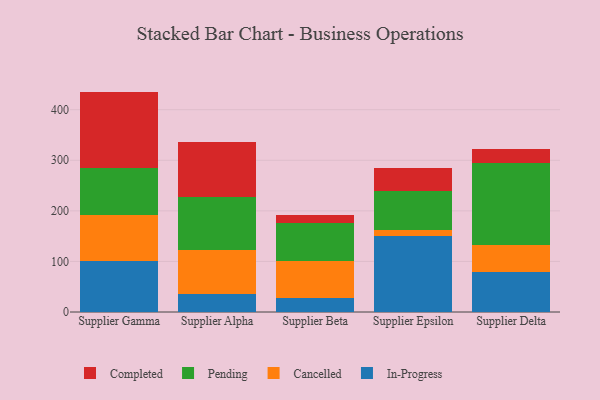
{"axis": {"x": "Supplier", "y": "Budget (USD K)"}, "legend": ["Cancelled", "Completed", "In-Progress", "Pending"], "data": [{"x": "Supplier Gamma", "y": 101.8, "type": "In-Progress"}, {"x": "Supplier Gamma", "y": 90.0, "type": "Cancelled"}, {"x": "Supplier Gamma", "y": 92.6, "type": "Pending"}, {"x": "Supplier Gamma", "y": 151.4, "type": "Completed"}, {"x": "Supplier Alpha", "y": 36.0, "type": "In-Progress"}, {"x": "Supplier Alpha", "y": 86.9, "type": "Cancelled"}, {"x": "Supplier Alpha", "y": 104.0, "type": "Pending"}, {"x": "Supplier Alpha", "y": 109.8, "type": "Completed"}, {"x": "Supplier Beta", "y": 27.4, "type": "In-Progress"}, {"x": "Supplier Beta", "y": 74.3, "type": "Cancelled"}, {"x": "Supplier Beta", "y": 75.0, "type": "Pending"}, {"x": "Supplier Beta", "y": 14.9, "type": "Completed"}, {"x": "Supplier Epsilon", "y": 150.8, "type": "In-Progress"}, {"x": "Supplier Epsilon", "y": 10.7, "type": "Cancelled"}, {"x": "Supplier Epsilon", "y": 78.1, "type": "Pending"}, {"x": "Supplier Epsilon", "y": 45.7, "type": "Completed"}, {"x": "Supplier Delta", "y": 79.8, "type": "In-Progress"}, {"x": "Supplier Delta", "y": 51.9, "type": "Cancelled"}, {"x": "Supplier Delta", "y": 163.4, "type": "Pending"}, {"x": "Supplier Delta", "y": 27.4, "type": "Completed"}]}